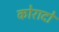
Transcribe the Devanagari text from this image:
कोरादो